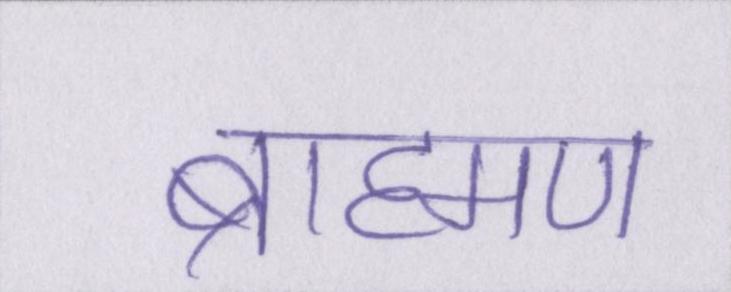
ब्राह्मण